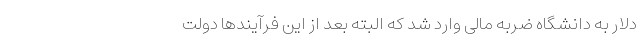
دلار به دانشگاه ضربه مالی وارد شد که البته بعد از این فرآیندها دولت